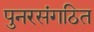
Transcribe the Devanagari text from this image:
पुनरसंगठित